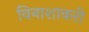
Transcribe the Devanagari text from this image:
विनाशाकरी